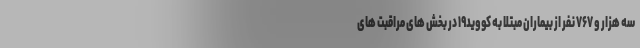
سه هزار و ۷۶۷ نفر از بیماران مبتلا به کووید۱۹ در بخش های مراقبت های